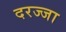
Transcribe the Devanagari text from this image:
दरज्जा